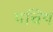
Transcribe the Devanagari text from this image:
पचिय